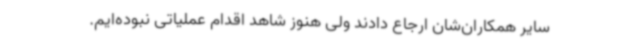
سایر همکاران‌شان ارجاع دادند ولی هنوز شاهد اقدام عملیاتی نبوده‌ایم.